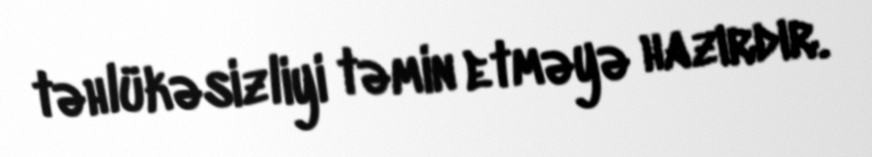
təhlükəsizliyi təmin etməyə hazırdır.